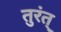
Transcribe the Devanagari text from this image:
तुरंत्